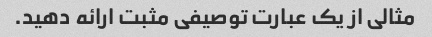
مثالی از یک عبارت توصیفی مثبت ارائه دهید.